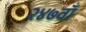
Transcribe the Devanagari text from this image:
२४७वाँ